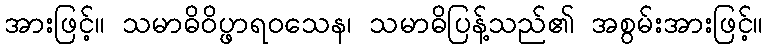
အားဖြင့်။ သမာဓိဝိပ္ဖာရဝသေန၊ သမာဓိပြန့်သည်၏ အစွမ်းအားဖြင့်။